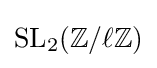
\operatorname {SL} _{2}(\mathbb {Z} /\ell \mathbb {Z} )